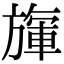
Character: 㫎